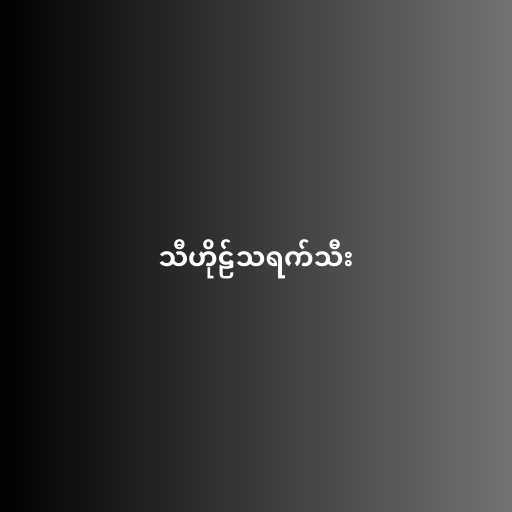
သီဟိုဠ်သရက်သီး